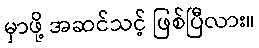
မှာဖို့ အဆင်သင့် ဖြစ်ပြီလား။